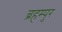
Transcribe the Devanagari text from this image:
ब्रहम्पुर